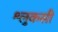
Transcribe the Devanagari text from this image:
श्लुकसी